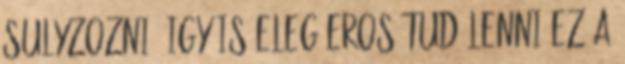
sulyzozni. Igy is eleg eros tud lenni ez a